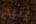
يتيح